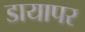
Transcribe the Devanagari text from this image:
डायापर